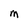
Character: M